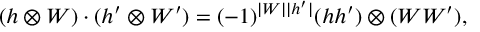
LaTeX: ( h \otimes W ) \cdot ( h ^ { \prime } \otimes W ^ { \prime } ) = ( - 1 ) ^ { \vert W \vert \vert h ^ { \prime } \vert } ( h h ^ { \prime } ) \otimes ( W W ^ { \prime } ) ,